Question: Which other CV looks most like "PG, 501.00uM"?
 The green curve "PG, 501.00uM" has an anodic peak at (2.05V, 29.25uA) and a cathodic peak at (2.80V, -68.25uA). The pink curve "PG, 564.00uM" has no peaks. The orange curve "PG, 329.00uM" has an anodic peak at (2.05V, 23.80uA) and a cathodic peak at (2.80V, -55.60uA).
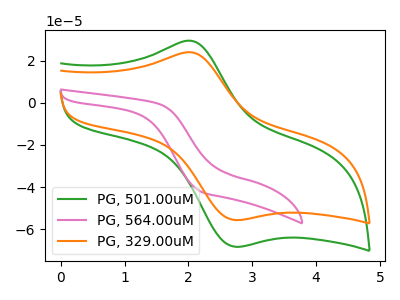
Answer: <think>"PG, 501.00uM" and "PG, 564.00uM" have a different number of peaks. All the peaks in "PG, 501.00uM" have a peak in "PG, 329.00uM" at the same potential. Every peak in "PG, 501.00uM" is higher than every peak in "PG, 329.00uM". "PG, 564.00uM" and "PG, 329.00uM" have a different number of peaks.
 </think>
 <answer>The CV with the most similar shape to "PG, 329.00uM" is "PG, 501.00uM".</answer>
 <eval>"PG, 501.00uM"</eval>